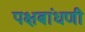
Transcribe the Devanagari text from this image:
पक्षबांधणी